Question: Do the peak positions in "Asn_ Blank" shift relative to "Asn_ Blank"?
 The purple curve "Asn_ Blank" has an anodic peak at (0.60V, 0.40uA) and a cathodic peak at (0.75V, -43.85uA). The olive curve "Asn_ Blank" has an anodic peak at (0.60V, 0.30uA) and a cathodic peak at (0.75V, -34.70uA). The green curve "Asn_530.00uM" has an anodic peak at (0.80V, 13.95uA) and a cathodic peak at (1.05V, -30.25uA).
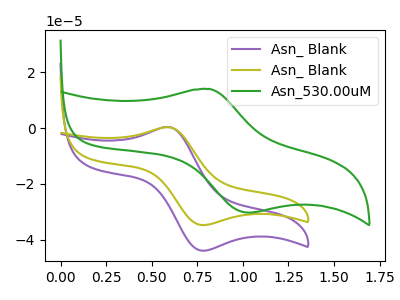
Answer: <think>All the peaks in "Asn_ Blank" have a peak in "Asn_ Blank" at the same potential. Every peak in "Asn_ Blank" is lower than every peak in "Asn_ Blank".
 </think>
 <answer>No, "Asn_ Blank" and "Asn_ Blank" don't appear to be significantly different in shape</answer>
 <eval>no_change</eval>